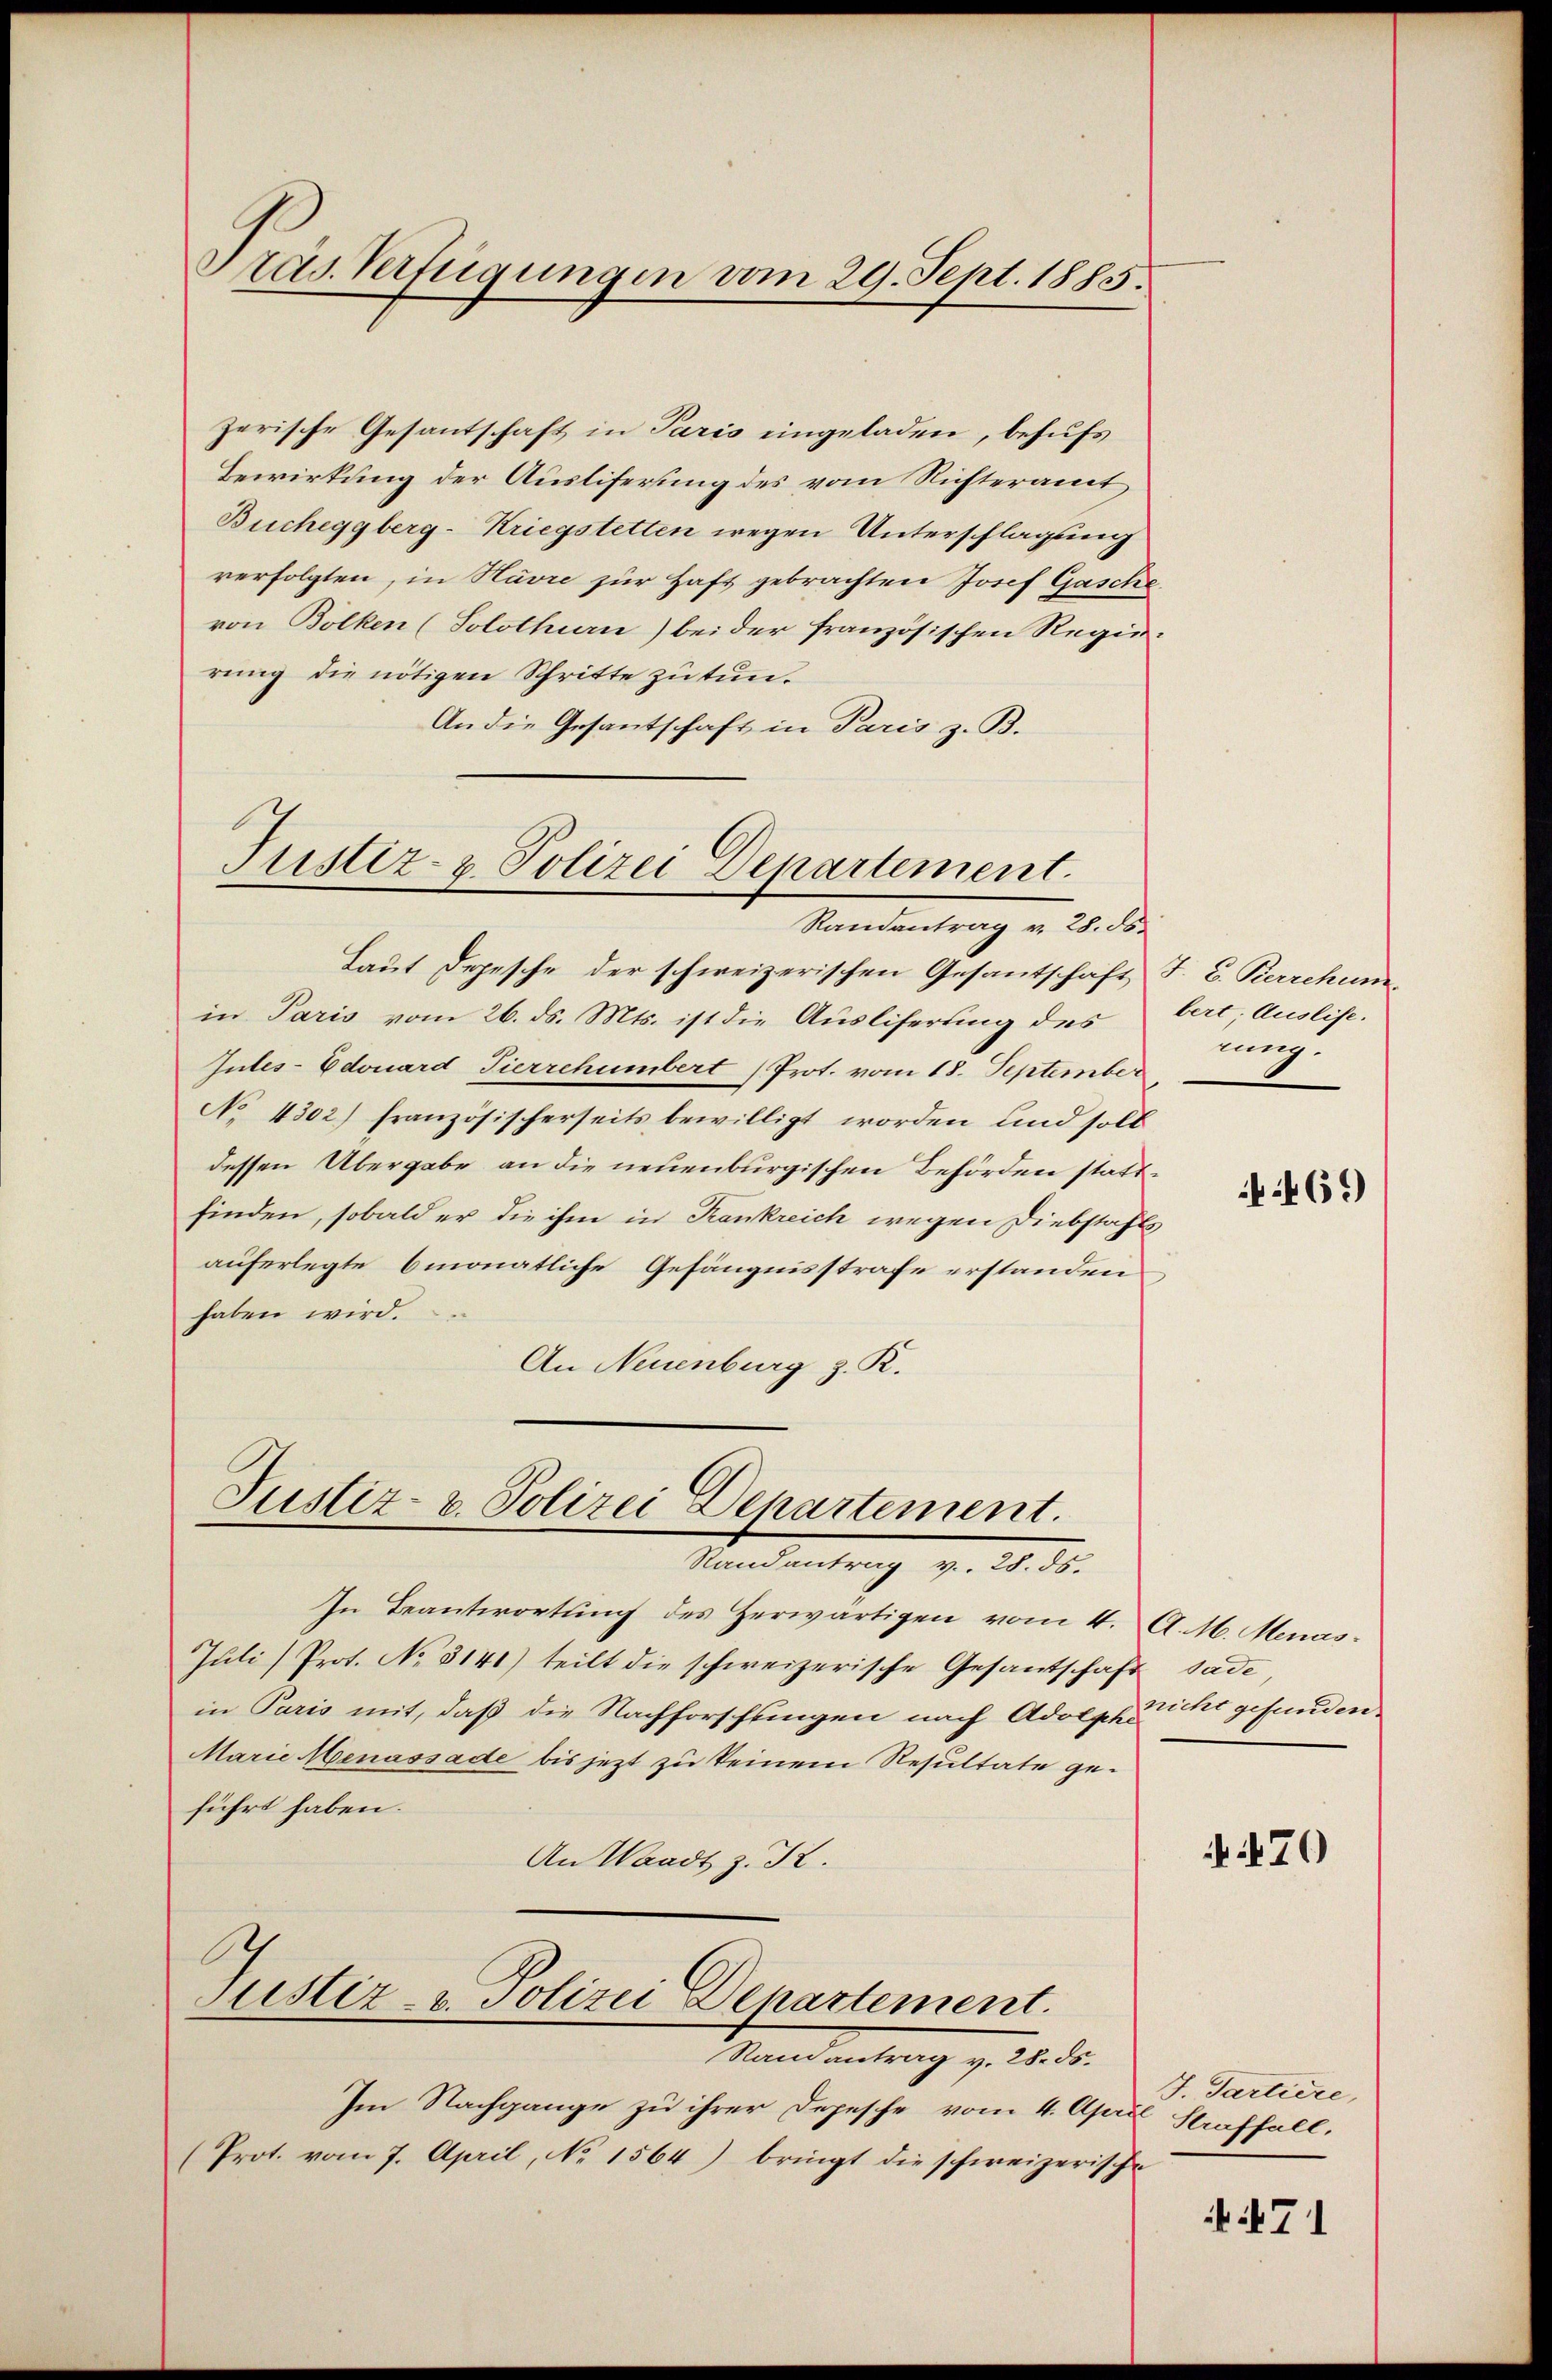
Pras. Verfügungen vom 29. Sept. 1885.

zerische Gesantschaft in Paris eingeladen, behufs
Bewirkung der Ausliferung des vom Richteramt
Bucheggberg-Kriegstetten wegen Unterschlagung
verfolgten, in Havre zur Haft gebrachten Josef Gasche
von Bolken (Solothurn) bei der französischen Regierung die nötigen Schritte zu tun¬
An die Gesantschaft in Paris z. B.

Justiz- & Polizei Departement.
Randantrag v. 28. ds.

Justiz- u. Polizei Departement.
Randantrag v. 28. ds.

Laut Depesche der schweizerischen Gesantschaft T. C. Kerrchum
in Paris vom 26. ds. Mts. ist die Ausliferung des bert; Auslise.
Intes-Edouard Tierrchumbert (Prot. vom 18. September
No 4302) französischerseits bewilligt worden und soll
dessen Übergabe an die neuenburgischen Behörden stattfinden, sobald er die ihm in Krankreich wegen Diebstahls
auferlegte 6monatliche Gefängnisstrafe erstanden
haben wird.
An Neuenburg z. R.

In Beantwortŭng des Herwärtigen vom 4. A. M. Menas
Juli) Prot. No 3141) teilt die schweizerische Gesandschaft sade
in Paris mit, daß die Nachforschlingen nach Adolphzucht gefunden
Marie Menassade bis jezt zu keinem Resultate geführt haben.
An Waadt z. K.
Justiz- u. Polizei Departement.
Ramantrag v. 28. 35.
Im Nachgange zu ihrer Depesche vom 4. April Straffall,
(Prot. vom 7. April, No 1564) bringt die schweizerische

rung.

:469)

N. 870

J. Partiere,

71